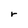
Character: r